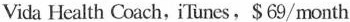
Vida Hcalth Coach, iTunes,S 69/ month